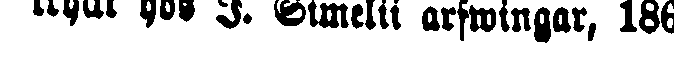
tryckt hos I. Simelii arfwingar, 186